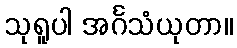
သုရူပါ အင်္ဂသံယုတာ။